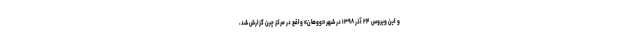
و این ویروس ۲۴ آذر ۱۳۹۸ در شهر «ووهان» واقع در مرکز چین گزارش شد،